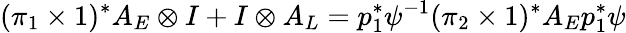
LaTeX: (\pi_{1}\times 1)^{*}A_{E}\otimes I+I\otimes A_{L}=p_{1}^{*}\psi^{-1}(\pi_{2}\times 1)^{*}A_{E}p_{1}^{*}\psi